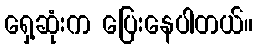
ရှေ့ဆုံးက ပြေးနေပါတယ်။